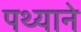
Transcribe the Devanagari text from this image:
पथ्याने